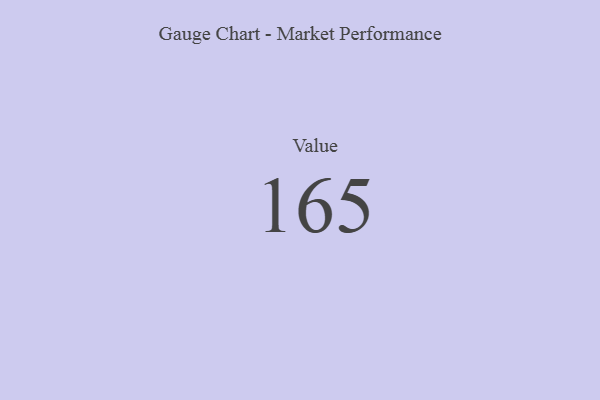
{"axis": {"x": "Metric", "y": "Value"}, "legend": [""], "data": [{"x": "Value", "y": 165, "type": ""}]}